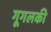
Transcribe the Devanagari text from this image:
गूगलकी